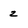
Character: z